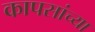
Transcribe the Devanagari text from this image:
कापसांच्या